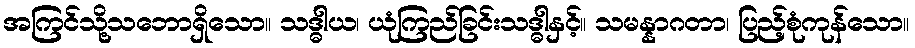
အကြင်သို့သဘောရှိသော။ သဒ္ဓါယ၊ ယုံကြည်ခြင်းသဒ္ဓါနှင့်။ သမန္နာဂတာ၊ ပြည့်စုံကုန်သော။